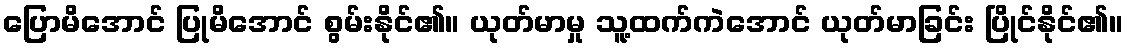
ပြောမိအောင် ပြုမိအောင် စွမ်းနိုင်၏။ ယုတ်မာမှု သူ့ထက်ကဲအောင် ယုတ်မာခြင်း ပြိုင်နိုင်၏။